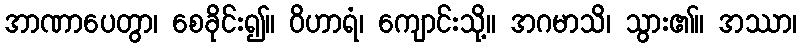
အာဏာပေတွာ၊ စေခိုင်း၍။ ဝိဟာရံ၊ ကျောင်းသို့။ အဂမာသိ၊ သွား၏။ အဿာ၊